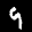
Label: 9